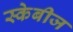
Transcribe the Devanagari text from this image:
स्केबीज